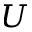
U